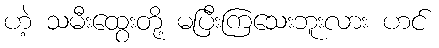
ဟဲ့ သမီးထွေးတို့ မပြီးကြသေးဘူးလား ဟင်